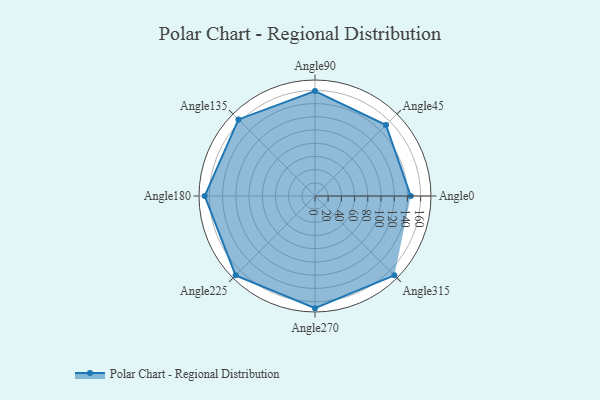
{"axis": {"x": "Angle", "y": "Radius"}, "legend": [""], "data": [{"x": "Angle0", "y": 145.0, "type": ""}, {"x": "Angle45", "y": 152.0, "type": ""}, {"x": "Angle90", "y": 159.0, "type": ""}, {"x": "Angle135", "y": 164.0, "type": ""}, {"x": "Angle180", "y": 167.0, "type": ""}, {"x": "Angle225", "y": 170, "type": ""}, {"x": "Angle270", "y": 170, "type": ""}, {"x": "Angle315", "y": 170, "type": ""}]}